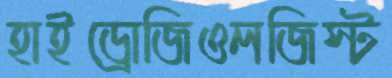
হাইড্রোজিওলজিস্ট